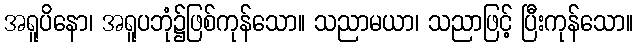
အရူပိနော၊ အရူပဘုံ၌ဖြစ်ကုန်သော။ သညာမယာ၊ သညာဖြင့် ပြီးကုန်သော။